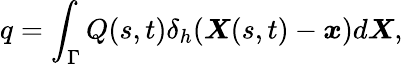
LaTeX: q=\int_{\Gamma}Q(s,t)\delta_{h}(\boldsymbol{X}(s,t)-\boldsymbol{x})d\boldsymbol{X},